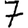
Digit: 7